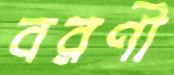
বরণী